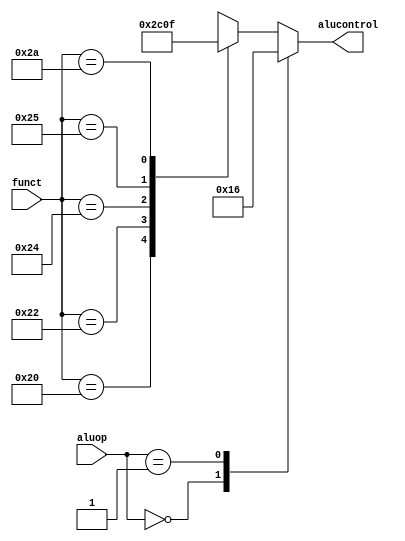

// Module ALUDecoder (Modulo Combinacional)
//  Decodificador da ALU, baseado no campo Funct da instruo  e ALUop 

module ALUDecoder(input  wire [5:0] funct,
						input  wire [1:0] aluop,
						output reg [2:0] alucontrol);

  always @(*)
    case(aluop)
      2'b00: alucontrol <= 3'b010;  // add (for lw/sw/addi)
      2'b01: alucontrol <= 3'b110;  // sub (for beq)
      default: case(funct)          // R-type instructions
          6'b100000: alucontrol <= 3'b010; // add
          6'b100010: alucontrol <= 3'b110; // sub
          6'b100100: alucontrol <= 3'b000; // and
          6'b100101: alucontrol <= 3'b001; // or
          6'b101010: alucontrol <= 3'b111; // slt
          default:   alucontrol <= 3'bxxx; // ???
        endcase
    endcase
	 
endmodule